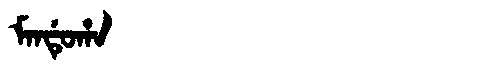
Manchu: ᠮᠠᠨᡩᡠᡥᠠ
Romanization: MANDUHA